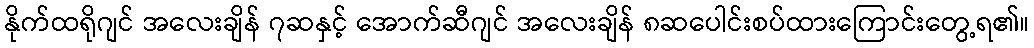
နိုက်ထရိုဂျင် အလေးချိန် ၇ဆနှင့် အောက်ဆီဂျင် အလေးချိန် ၈ဆပေါင်းစပ်ထားကြောင်းတွေ့ရ၏။